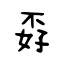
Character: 孬